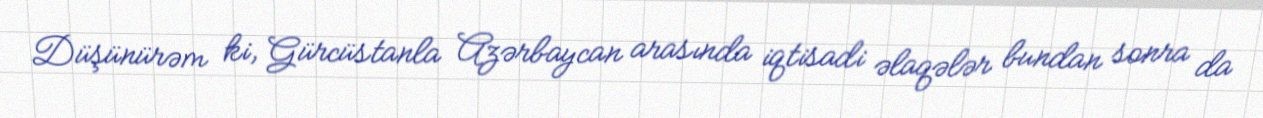
Düşünürəm ki, Gürcüstanla Azərbaycan arasında iqtisadi əlaqələr bundan sonra da